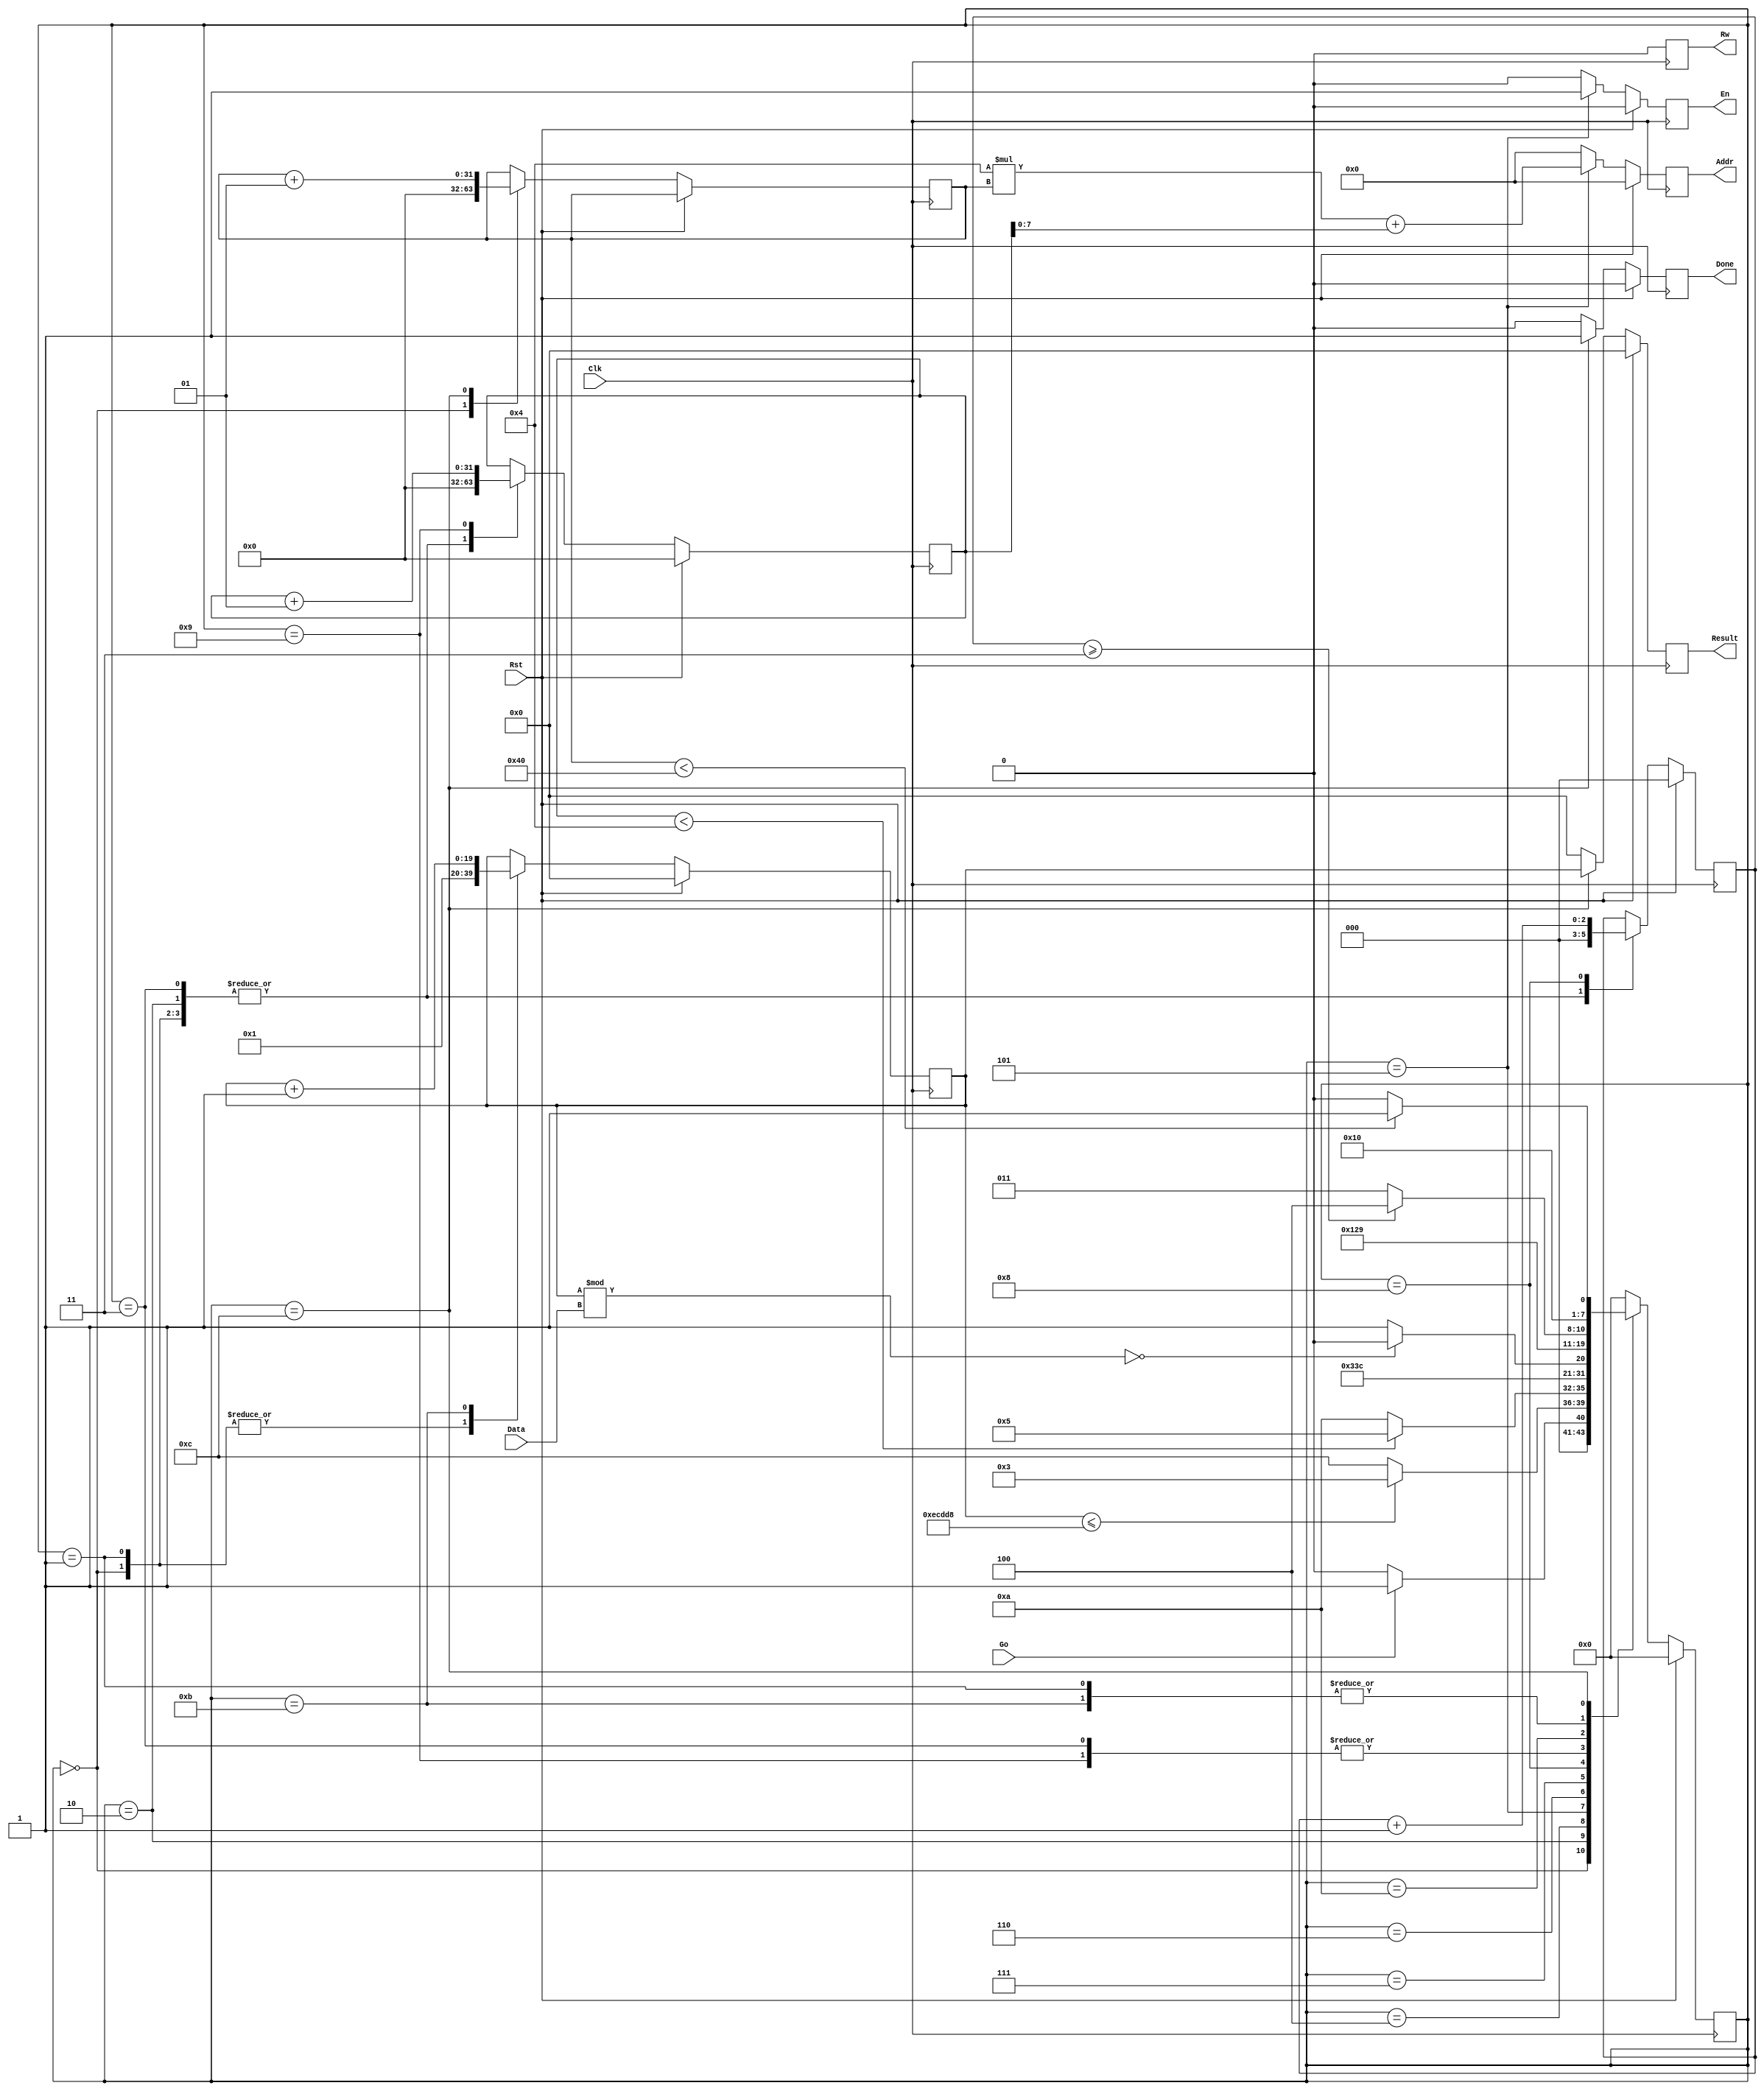
`timescale 1 ns/1 ns
`define D_WIDTH 8
`define A_WIDTH 8
`define ITR 64

module FINAL(Go, Addr, Data, 
				Rw, En, Done, Result, Rst, Clk);

	input Go;
	input [(`D_WIDTH-1):0] Data;
	output reg [(`A_WIDTH-1):0] Addr;
	output reg Rw, En, Done;
	output reg [19:0] Result;
	input Clk, Rst;

	parameter S0 = 4'b0000, S1 = 4'b0001, S2 = 4'b0010, S3 = 4'b0011,
						S4 = 4'b0100, S5 = 4'b0101, S6a = 4'b0110, S6 = 4'b0111,
						S7 = 4'b1000, S8 = 4'b1001, S9 = 4'b1010, S10 = 4'b1011,
						S11 = 4'b1100;

	reg [3:0] State;
	reg [19:0] Val;
	reg [2:0] Cnt;
	integer I, J;

	always @(posedge Clk) begin
		if (Rst==1'b1) begin
			Addr <= {`A_WIDTH{1'b0}};
			Rw <= 1'b0;
			En <= 1'b0;
			Done <= 0;
			State <= S0;
			Result <= 20'b0;
			Val <= 20'b0;
			J <= 0;
			Cnt <= 3'b0;
		end
		else begin
			Addr <= {`A_WIDTH{1'b0}};
			Result <= 20'b0;
			Done <= 0;
			Rw <= 1'b0;
			En <= 1'b0;

			case (State)
				S0: begin
					I <= 0;
					J <= 0;
					Cnt <= 3'b0;
					Val <= 20'b0000_0000_0000_0000_0001;
					if (Go==1'b1)
						State <= S1;
					else
						State <= S0;
				end
				S1: begin
					J <= 0;
					Cnt <= 3'b0;
					Val <= 20'b0000_0000_0000_0000_0001;
					State <= S2;
				end
				S2: begin
					J <= 0;
					Cnt <= 3'b0;
					if (Val <= 20'd970200)
						State <= S3;
					else
						State <= S11;
				end
				S3: begin
					J <= 0;
					Cnt <= 3'b0;
					State <= S4;
				end
				S4: begin
					if (J<4)
						State <= S5;
					else
						State <= S9;
				end
				S5: begin
					State <= S6a;
					Addr <= ((4*I)+J);
					Rw <= 1'b0;
					En <= 1'b1;
				end
				S6a:
					State <= S6;
				S6: begin
					if (Val%Data == 0)
						State <= S7;
					else
						State <= S8;
				end
				S7: begin
					Cnt <= Cnt+3'b001;
					State <= S8;
				end
				S8: begin
					J <= J+1;
					State <= S4;
				end
				S9: begin
					if (Cnt>=3'b011)
						State <= S11;
					else
						State <= S10;
				end
				S10: begin
					Val <= Val + 20'b0000_0000_0000_0000_0001;
					State <= S2;
				end
				S11: begin
					Result <= Val;
				  Done <= 1'b1;
					I <= I+1;
					if (I<`ITR)
						State <= S1;
					else
						State <= S0;
				end
				default: begin
					State <= S0;
				end
			endcase
		end
	end
endmodule